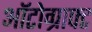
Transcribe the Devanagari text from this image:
ऑटोग्राफ्ट